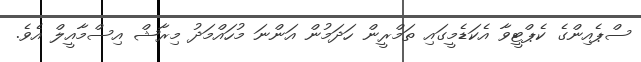
ސްޕެއިންގެ ކެޕްޓީވާ އެކަޑެމީގައި ތަމްރީން ހަދަމުން އަންނަ މުހައްމަދު މިރާޝް އިސްމާއީލް އެވެ.